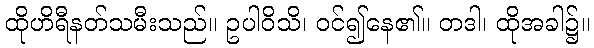
ထိုဟိရီနတ်သမီးသည်။ ဥပါဝိသိ၊ ဝင်၍နေ၏။ တဒါ၊ ထိုအခါ၌။